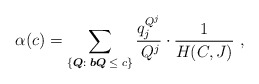
\begin{align*}\alpha(c)=\sum_{\left\{ {\boldsymbol{Q}:\;{\boldsymbol b}\boldsymbol{Q} \;\leq\; c} \right\}}{\frac{{q_j^{{Q^j}}}}{{{Q^j}\!}} \cdot \frac{1}{{H(C,J)}}}\ ,\end{align*}